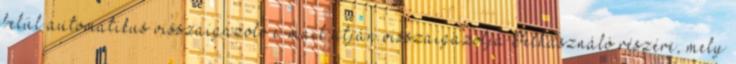
belül automatikus visszaigazoló e-mail útján visszaigazolja Felhasználó részére, mely